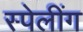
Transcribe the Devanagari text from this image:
स्पेलींग